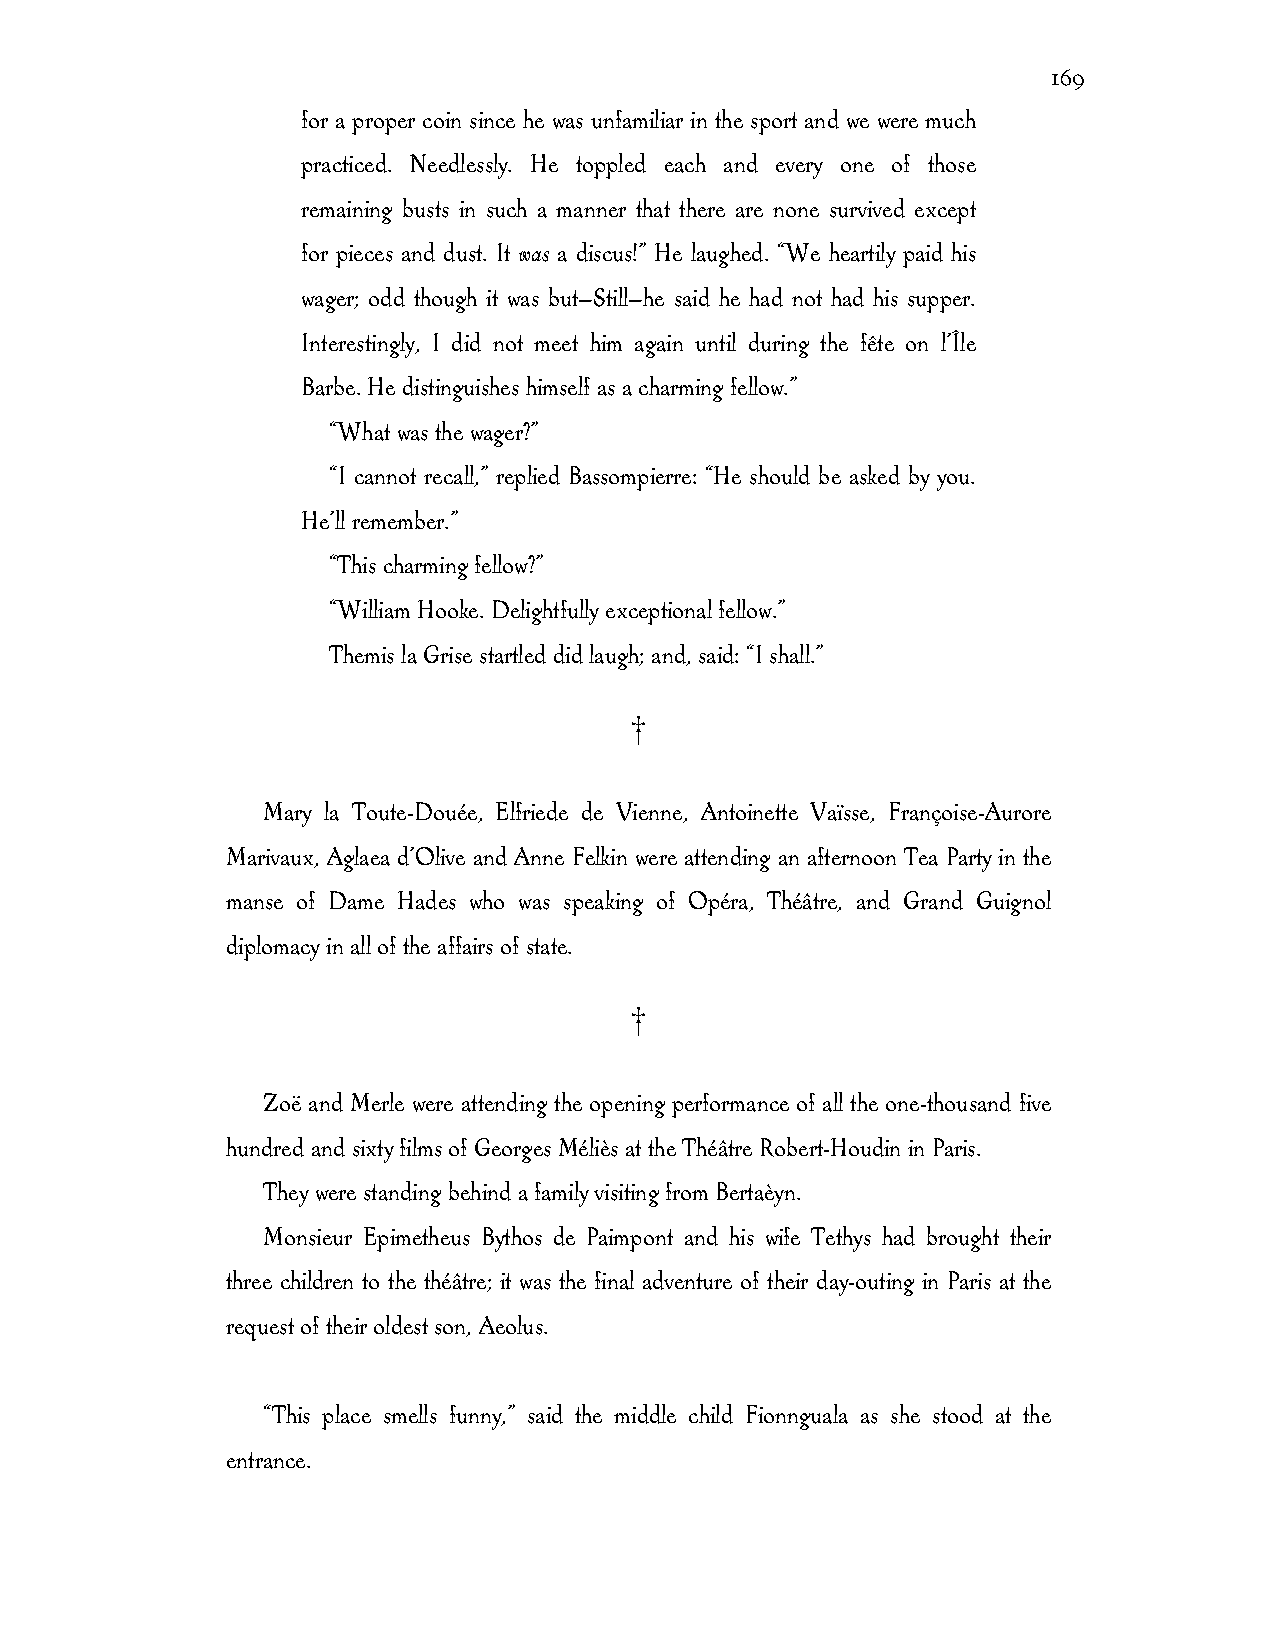
169
 for a proper coin since he was unfamiliar in the sport and we were much
 practiced. Needlessly. He toppled each and every one of those
 remaining busts in such a manner that there are none survived except
 for pieces and dust. It was a discus!” He laughed. “We heartily paid his
 wager; odd though it was but—Still—he said he had not had his supper.
 Interestingly, I did not meet him again until during the fête on l’Île
 Barbe. He distinguishes himself as a charming fellow.”
 “What was the wager?”
 “I cannot recall,” replied Bassompierre: “He should be asked by you.
 He’ll remember.”
 “This charming fellow?”
 “William Hooke. Delightfully exceptional fellow.”
 Themis la Grise startled did laugh; and, said: “I shall.”
 †
 Mary la Toute-Douée, Elfriede de Vienne, Antoinette Vaïsse, Françoise-Aurore
 Marivaux, Aglaea d’Olive and Anne Felkin were attending an afternoon Tea Party in the
 manse of Dame Hades who was speaking of Opéra, Théâtre, and Grand Guignol
 diplomacy in all of the affairs of state.
 †
 Zoë and Merle were attending the opening performance of all the one-thousand five
 hundred and sixty films of Georges Méliès at the Théâtre Robert-Houdin in Paris.
 They were standing behind a family visiting from Bertaèyn.
 Monsieur Epimetheus Bythos de Paimpont and his wife Tethys had brought their
 three children to the théâtre; it was the final adventure of their day-outing in Paris at the
 request of their oldest son, Aeolus.
 “This place smells funny,” said the middle child Fionnguala as she stood at the
 entrance.